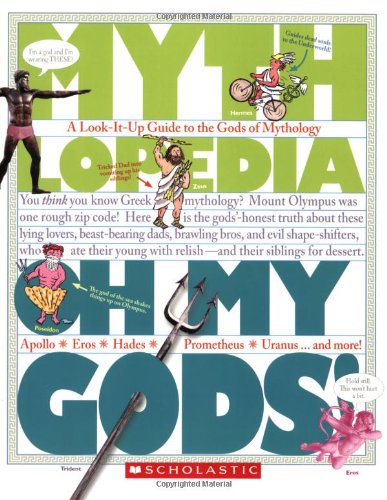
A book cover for Oh My Gods!: A Look-It-Up Guide to the Gods of Mythology (Mythlopedia); Megan E. Bryant; Reference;